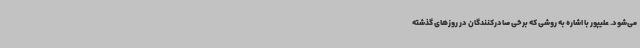
می‌شود. علیپور با اشاره به روشی که برخی صادرکنندگان در روزهای گذشته